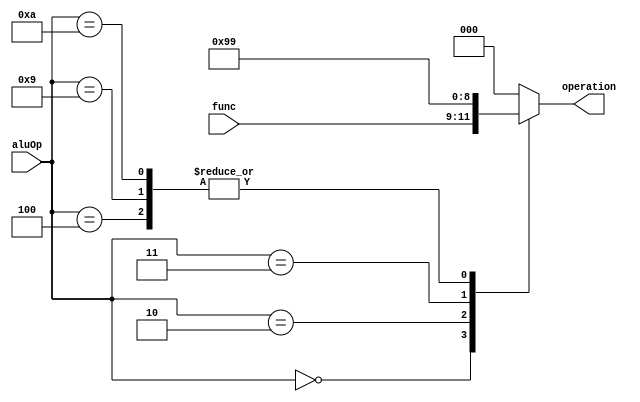
module aluControl(input[2:0] func,input[3:0] aluOp,output[2:0] operation);
  reg[2:0] op;
  always @(aluOp)begin
    case(aluOp)
      4'b0000 :op = func;//R-type
      4'b0001 :op = 3'd0;//addi
      4'b0010 :op = 3'd2;//andi
      4'b0011 :op = 3'd3;//ori
      4'b0100 :op = 3'd1;//subi
      4'b0111 :op = 3'd0;//lhw
      4'b1000 :op = 3'd0;//shw
      4'b1001 :op = 3'd1;//beq
      4'b1010 :op = 3'd1;//bne
      default :op = 3'b000;
      
      
    endcase
  end
  assign operation = op;
endmodule